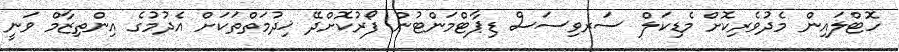
ހޮޓްލައިން މެދުވެރިކޮށް މެޑިކަލް ސަރވިސަސް ޑިޕާޓްމަންޓުން ފޯރުކޮށްދޭ ޚިދުމަތްތަކަށް އެދުމުގެ އިންތިޒާމް ވަނީ